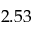
2 . 5 3